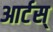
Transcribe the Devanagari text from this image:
आर्टस्‌